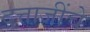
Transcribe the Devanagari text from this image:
दत्ताजींचे